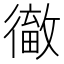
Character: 𢕹